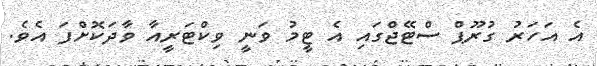
އެ އަހަރު ގުރޫޕް ސްޓޭޖްގައި އެ ޓީމު ވަނީ ވިކްޓަރީއާ ވާދަކޮށްފަ އެވެ.